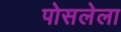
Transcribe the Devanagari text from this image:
पोसलेला